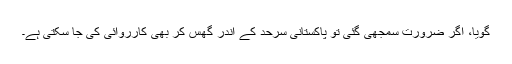
گویا، اگر ضرورت سمجھی گئی تو پاکستانی سرحد کے اندر گھس کر بھی کارروائی کی جا سکتی ہے۔